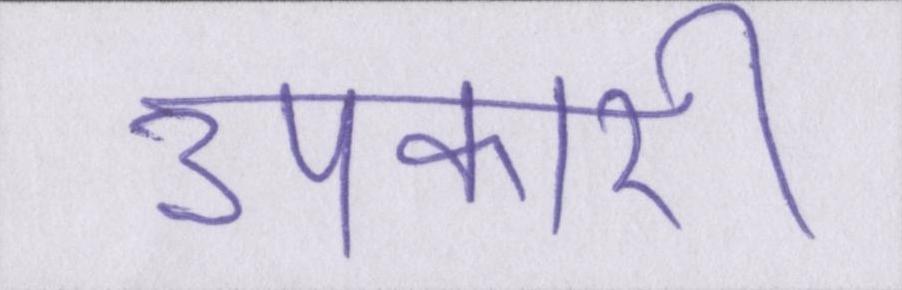
उपकारी